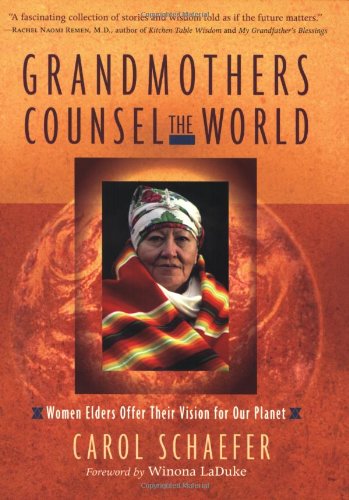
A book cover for Grandmothers Counsel the World: Women Elders Offer Their Vision for Our Planet; Carol Schaefer; Religion & Spirituality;